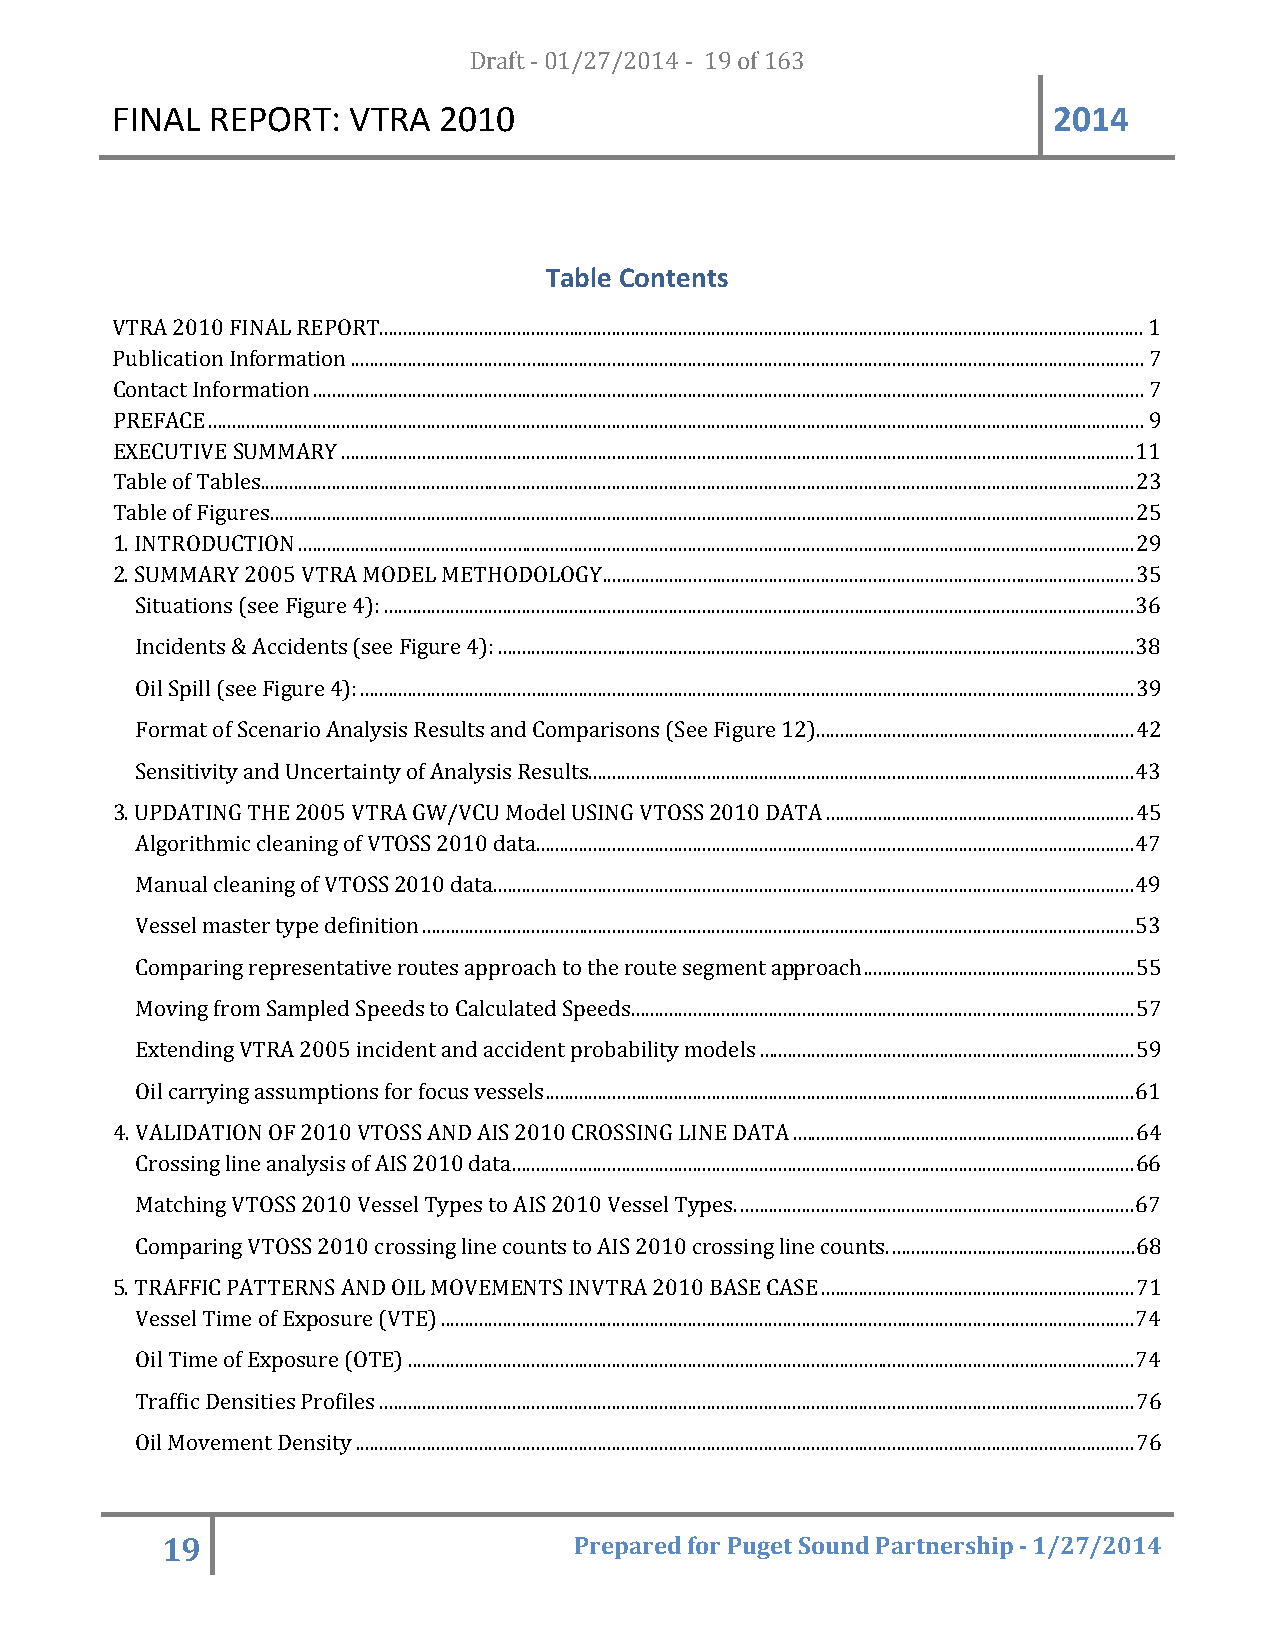
FINAL  REPORT:  VTRA  20D1r0af t - 01/27/2014 - 19 of 163      2014
 Table Contents
 VTRA 2010 FINAL REPORT ................................................................................................................................................................. 1
 Publication Information ....................................................................................................................................................................... 7
 Contact Information ............................................................................................................................................................................... 7
 PREFACE ..................................................................................................................................................................................................... 9
 EXECUTIVE SUMMARY ....................................................................................................................................................................... 11
 Table of Tables ........................................................................................................................................................................................ 23
 Table of Figures ...................................................................................................................................................................................... 25
 1. INTRODUCTION ................................................................................................................................................................................ 29
 2. SUMMARY 2005 VTRA MODEL METHODOLOGY ................................................................................................................ 35
 Situations (see Figure 4): .............................................................................................................................................................. 36
 Incidents & Accidents (see Figure 4): ...................................................................................................................................... 38
 Oil Spill (see Figure 4): ................................................................................................................................................................... 39
 Format of Scenario Analysis Results and Comparisons (See Figure 12) ................................................................... 42
 Sensitivity and Uncertainty of Analysis Results ................................................................................................................... 43
 3. UPDATING THE 2005 VTRA GW/VCU Model USING VTOSS 2010 DATA ................................................................. 45
 Algorithmic cleaning of VTOSS 2010 data .............................................................................................................................. 47
 Manual cleaning of VTOSS 2010 data ....................................................................................................................................... 49
 Vessel master type definition ...................................................................................................................................................... 53
 Comparing representative routes approach to the route segment approach ......................................................... 55
 Moving from Sampled Speeds to Calculated Speeds .......................................................................................................... 57
 Extending VTRA 2005 incident and accident probability models ............................................................................... 59
 Oil carrying assumptions for focus vessels ............................................................................................................................ 61
 4. VALIDATION OF 2010 VTOSS AND AIS 2010 CROSSING LINE DATA ........................................................................ 64
 Crossing line analysis of AIS 2010 data. .................................................................................................................................. 66
 Matching VTOSS 2010 Vessel Types to AIS 2010 Vessel Types. ................................................................................... 67
 Comparing VTOSS 2010 crossing line counts to AIS 2010 crossing line counts. ................................................... 68
 5. TRAFFIC PATTERNS AND OIL MOVEMENTS INVTRA 2010 BASE CASE .................................................................. 71
 Vessel Time of Exposure (VTE) .................................................................................................................................................. 74
 Oil Time of Exposure (OTE) ......................................................................................................................................................... 74
 Traffic Densities Profiles ............................................................................................................................................................... 76
 Oil Movement Density .................................................................................................................................................................... 76
 19                         Prepared for Puget Sound Partnership - 1/27/2014